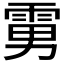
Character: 𱁘